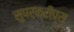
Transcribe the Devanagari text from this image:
सुपरक्रीप्स